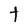
Character: t